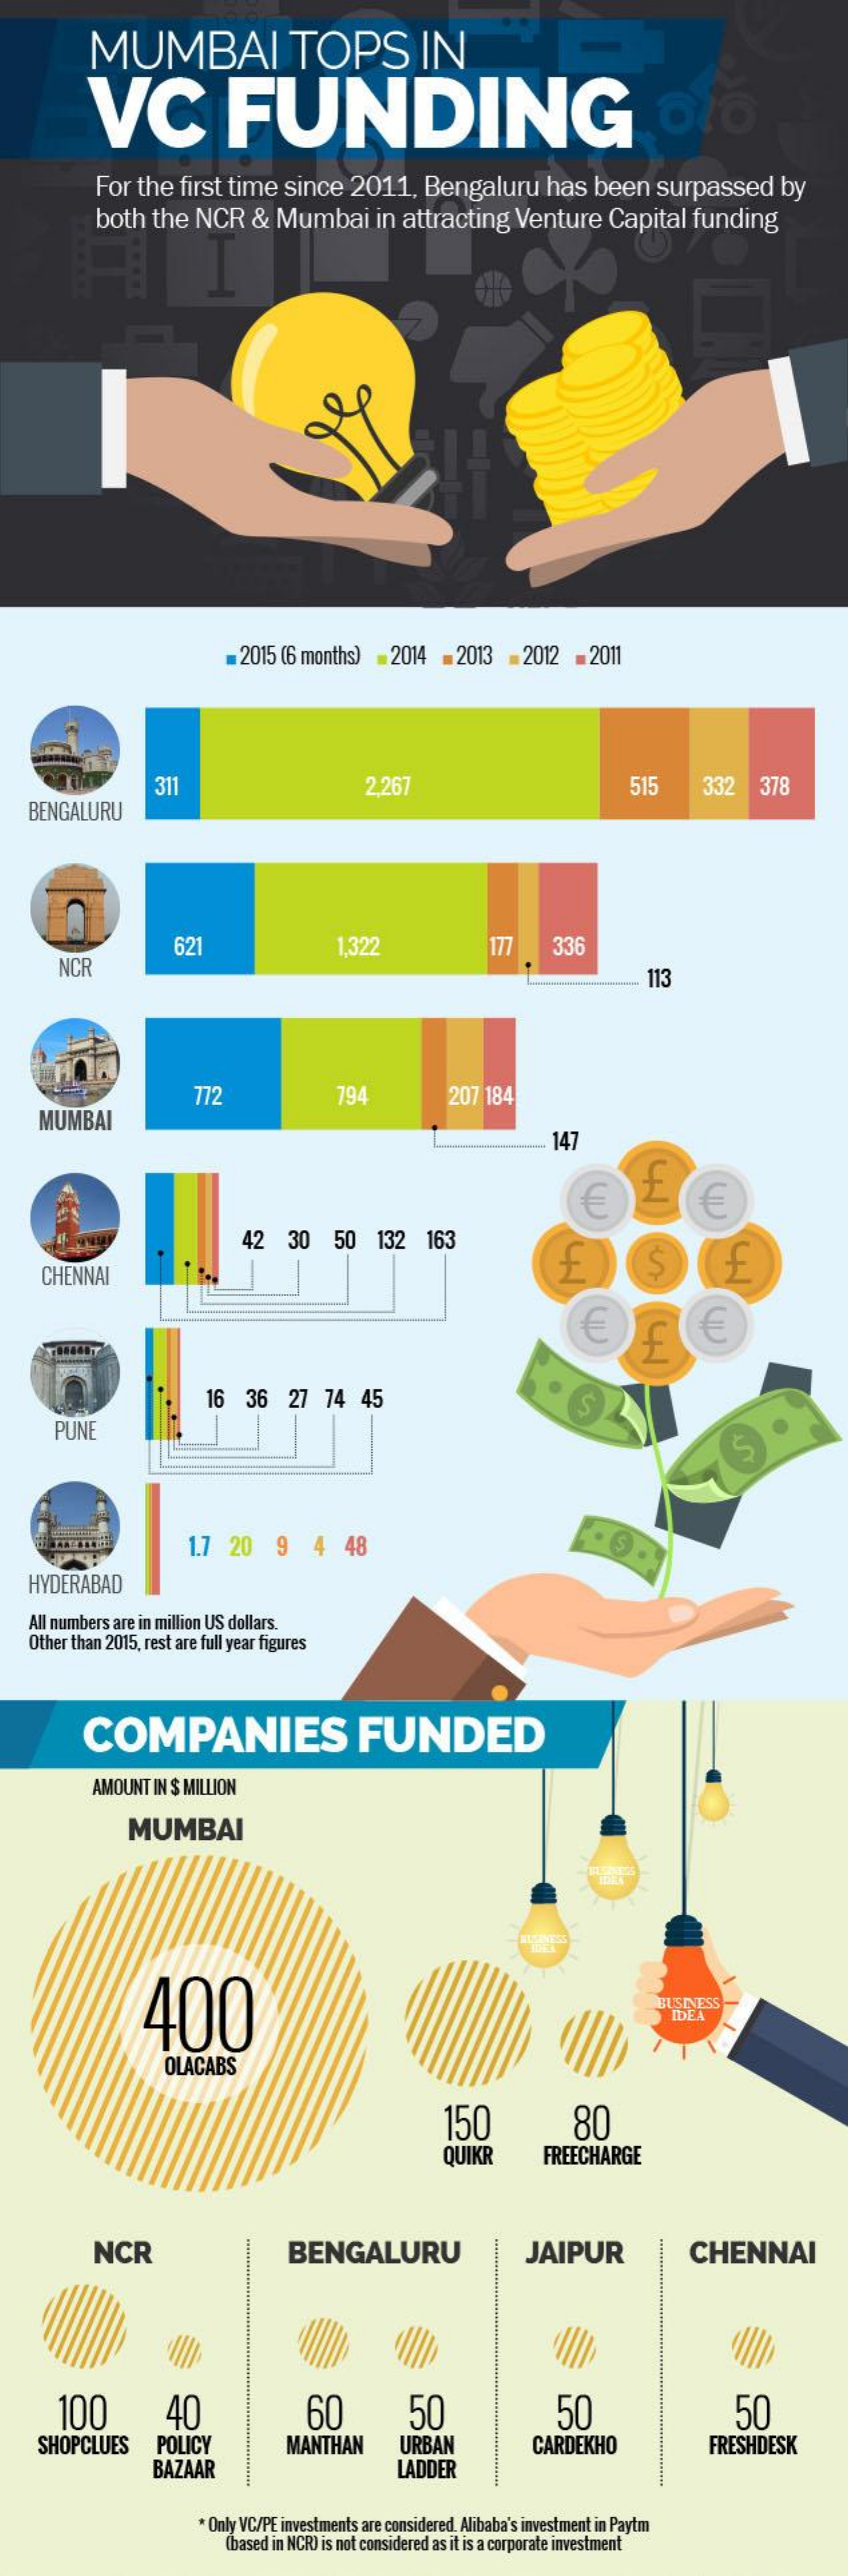
MUMBAI    TOPS    IN
     VC    FUNDING
     For  the   first  time   since    2011,    Bengaluru    has   been    surpassed    by
     both   the   NCR    &  Mumbai    in attracting    Venture    Capital    funding
     2015 (6 months)   . 2014  -2013    -2012    2011
    BENGALURU
     311    2,267    515    332    378
     621    1,322    177    336
     NCR    113
     794
     MUMBAI
     772    207  184
     147
     €    €
     42    30    50    132   163
     CHENNAI
     £
     €    €
     .04440
     16   36    27   74   45    S
     PUNE
     1.7  20    9    4   48
    HYDERABAD
    All numbers are in million US dollars.
    Other than 2015, rest are full year figures
     COMPANIES    FUNDED
     AMOUNT  IN $ MILLION
     MUMBAI
     400    IDEA
     OLACABS
     150    80
     QUIKR    FREECHARGE
     ........    ................
     NCR    BENGALURU    JAIPUR    CHENNAI
     100    40    60    50    50    50
     SHOPCLUES    POLICY
     BAZAAR
     MANTHAN    URBAN
     LADDER
     CARDEKHO    FRESHDESK
     * Only VC/PE investments are considered. Alibaba's investment in Paytm
     (based in NCR) is not considered as it is a corporate investment